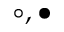
\circ , \bullet